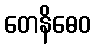
တေနိဓေဝ